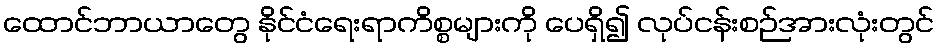
ထောင်ဘာယာတွေ နိုင်ငံရေးရာကိစ္စများကို ပေရှိ၍ လုပ်ငန်းစဉ်အားလုံးတွင်